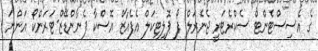
ގެ އެސިސްޓެންޓް ސެކްރެޓަރީ ޖެނެރަލް ފޯ ޕޮލިޓިކަލް އެފެއާޒް އޮސްކާ ފެނާންޑޭޒް-ޓަރަންކޯ އަންނަ